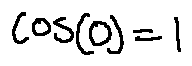
\cos ( 0 ) = 1